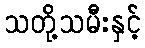
သတို့သမီးနှင့်